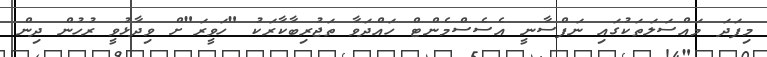
މިފަދަ މައްސަލަތަކުގައި ނަފްސާނީ އެސެސްމެންޓް ހައްދަވާ ތަޖުރިބާކާރަކު "ހަވީރަ"ށް ވިދާޅުވީ ރުހުން ދިން